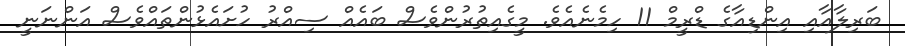
ބަރިލާއާއި އިންޑިއާގެ ޑްރީމް 11 ހިމެނެއެވެ. މީގެއިތުރުންވެސް ބައެއް ސިއްރު ހުށައެޅުންތައްވެސް އަންނަނީ